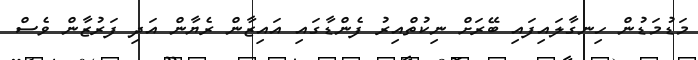
މަޑުމަޑުން ހިނގާލައިފައި ބޭރަށް ނިކުތްއިރު ފެންޑާގައި އައިޒާން ރެޔާން އަދި ފަރުޒާން ވެސް